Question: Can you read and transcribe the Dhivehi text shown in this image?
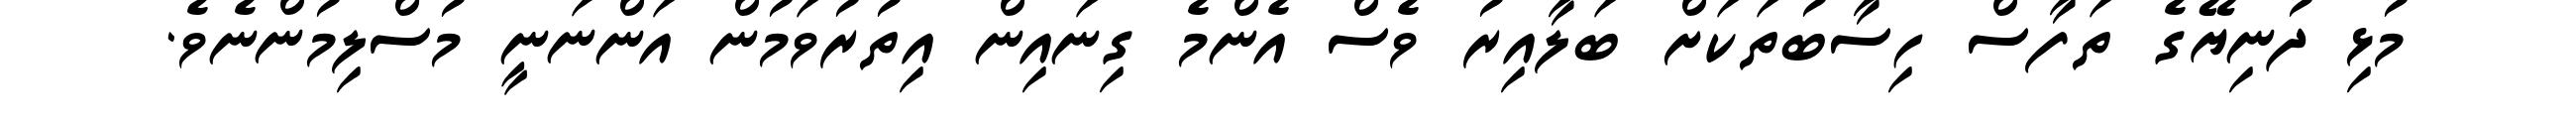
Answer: މުޅި ދުނިޔޭގެ ތަފާސް ހިސާބުތަކަށް ބަލާއިރު ވެސް އެންމެ ގިނައިން އިތުރުވަމުން އަންނަނީ މުސްލިމުންނެވެ.